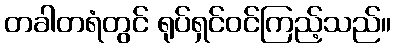
တခါတရံတွင် ရုပ်ရှင်ဝင်ကြည့်သည်။